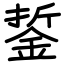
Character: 銴